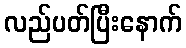
လည်ပတ်ပြီးနောက်